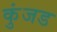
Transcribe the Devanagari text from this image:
कुंजड